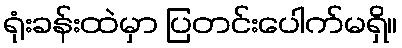
ရုံးခန်းထဲမှာ ပြတင်းပေါက်မရှိ။